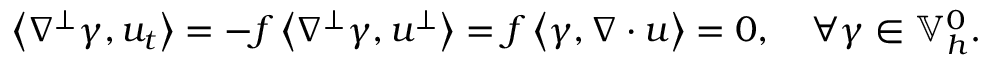
\left\langle \nabla ^ { \perp } \gamma , u _ { t } \right\rangle = - f \left\langle \nabla ^ { \perp } \gamma , u ^ { \perp } \right\rangle = f \left\langle \gamma , \nabla \cdot u \right\rangle = 0 , \quad \forall \gamma \in \mathbb { V } _ { h } ^ { 0 } .